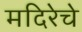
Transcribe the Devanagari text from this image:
मदिरेचे